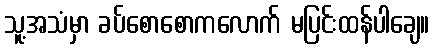
သူ့အသံမှာ ခပ်စောစောကလောက် မပြင်းထန်ပါချေ။